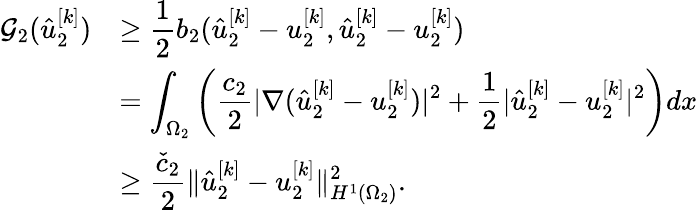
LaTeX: \begin{array}{rl}{\mathcal{G}_{2}(\hat{u}_{2}^{[k]})}&{\displaystyle\geq\frac 12b_{2}(\hat{u}_{2}^{[k]}-u_{2}^{[k]},\hat{u}_{2}^{[k]}-u_{2}^{[k]})}\\ &{\displaystyle=\int_{\Omega_{2}}\left(\frac{c_{2}}{2}|\nabla(\hat{u}_{2}^{[k]}-u_{2}^{[k]})|^{2}+\frac 12|\hat{u}_{2}^{[k]}-u_{2}^{[k]}|^{2}\right)dx}\\ &{\displaystyle\geq\frac{\check{c}_{2}}{2}\lVert\hat{u}_{2}^{[k]}-u_{2}^{[k]}\rVert_{H^{1}(\Omega_{2})}^{2}.}\end{array}